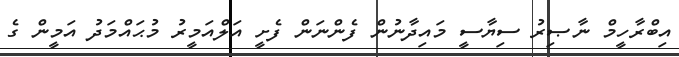
އިބްރާހީމް ނާޞިރު ސިޔާސީ މައިދާނުން ފެންނަން ފެށީ އަލްއަމީރު މުޙައްމަދު އަމީން ގެ